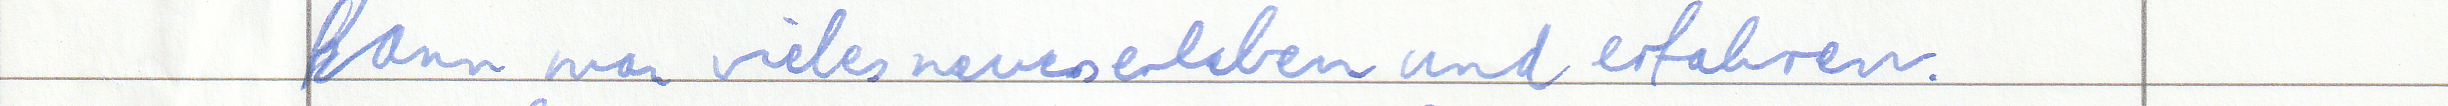
kann man vieles neues erleben und erfahren.